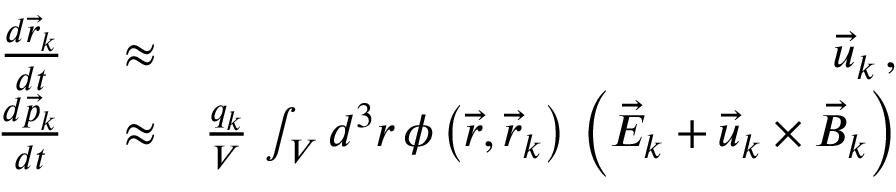
\begin{array} { r l r } { \frac { d \vec { r } _ { k } } { d t } } & { { } \approx } & { \vec { u } _ { k } \, , } \\ { \frac { d \vec { p } _ { k } } { d t } } & { { } \approx } & { \frac { q _ { k } } { V } \, \int _ { V } d ^ { 3 } r \, \phi \left( \vec { r } , \vec { r } _ { k } \right) \, \left( \vec { E } _ { k } + \vec { u } _ { k } \times \vec { B } _ { k } \right) } \end{array}